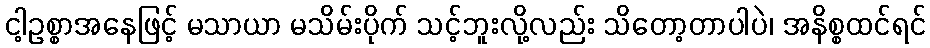
ငါ့ဥစ္စာအနေဖြင့် မသာယာ မသိမ်းပိုက် သင့်ဘူးလို့လည်း သိတော့တာပါပဲ၊ အနိစ္စထင်ရင်